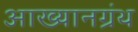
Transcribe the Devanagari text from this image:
आख्यानग्रंथ